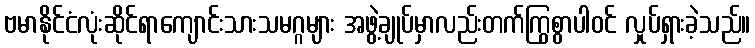
ဗမာနိုင်ငံလုံးဆိုင်ရာကျောင်းသားသမဂ္ဂများ အဖွဲ့ချုပ်မှာလည်းတက်ကြွစွာပါဝင် လှုပ်ရှားခဲ့သည်။